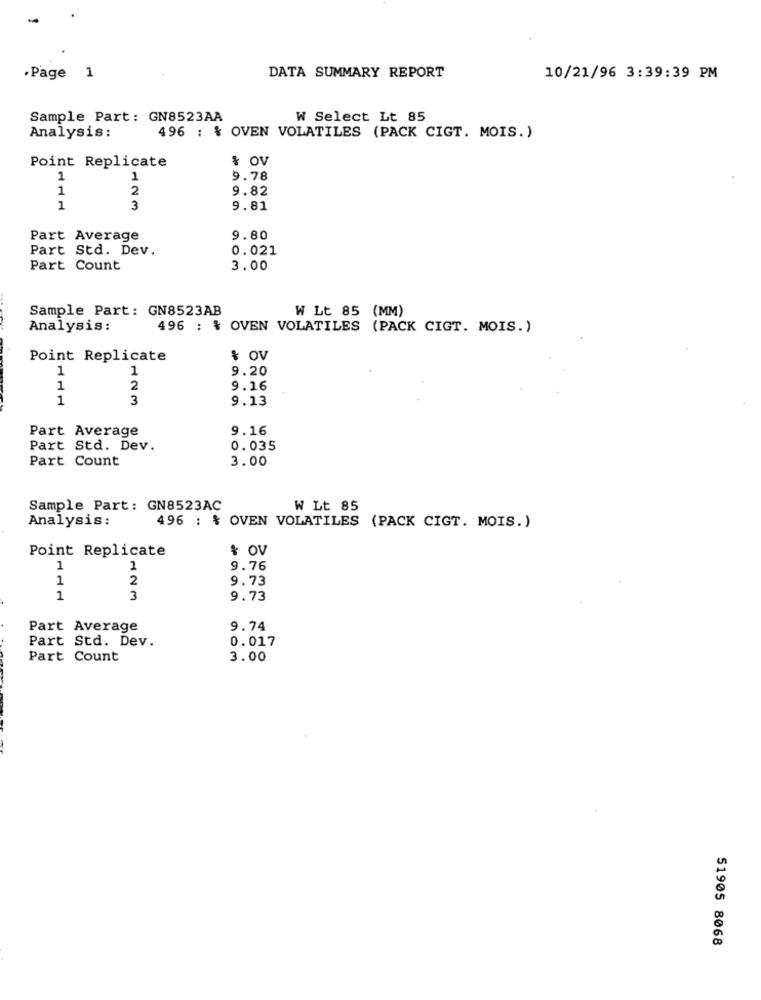
DATA SUMMARY REPORT
·Page 1
10/21/96 3:39:39 PM
Sample Part: GN8523AA
W Select Lt 85
Analysis:
496 : % OVEN VOLATILES (PACK CIGT. MOIS.)
% OV
Point Replicate
1
1
9.78
1
2
9.82
1
3
9.81
Part Average
9.80
Part Std. Dev.
0.021
Part Count
3.00
Sample Part: GN8523AB
W Lt 85 (MM)
Analysis:
496 : & OVEN VOLATILES (PACK CIGT. MOIS.)
Point Replicate
& OV
1
1
9.20
1
2
9.16
1
3
9.13
Part Average
9.16
Part Std. Dev.
0.035
Part Count
3.00
Sample Part: GN8523AC
W Lt 85
Analysis:
496 : % OVEN VOLATILES (PACK CIGT. MOIS.)
Point Replicate
& OV
1
1
9.76
1
2
9.73
1
3
9.73
Part Average
9.74
Part Std. Dev.
0.017
Part Count
3.00
51905 8068